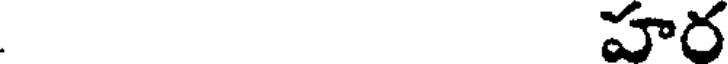
. హర